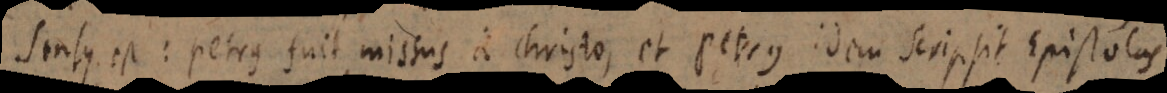
Sensus est: Petrus fuit missus a Christo, et Petrus idem scripsit Epistolas.